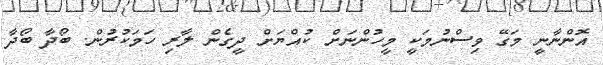
އޮންނާނީ މަގޭ ވިސްނުމަކީ މީހުންނަށް ކުއްޔަށް ދީގެން ލާރި ހަމަކުރުން. ބޯދާ ބޯދާ